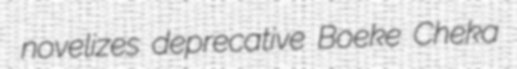
novelizes deprecative Boeke Cheka